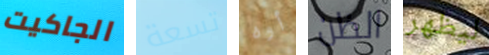
الجاكيت تسعة أوه الظن ليظهر